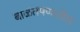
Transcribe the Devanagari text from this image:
बाळंतपणातील